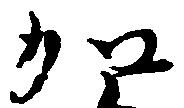
加